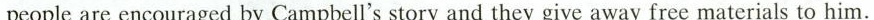
people are encouraged by Campbell's story and they give away free materials to him.